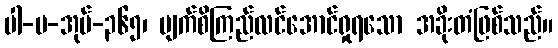
ပါ-ပ-အုပ်-၃၆၅၊ မျက်စိကြည်လင်အောင်ရှုရသော အခိုးတံဖြစ်သည်။